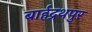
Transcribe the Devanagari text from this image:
बार्हद्रथपुर